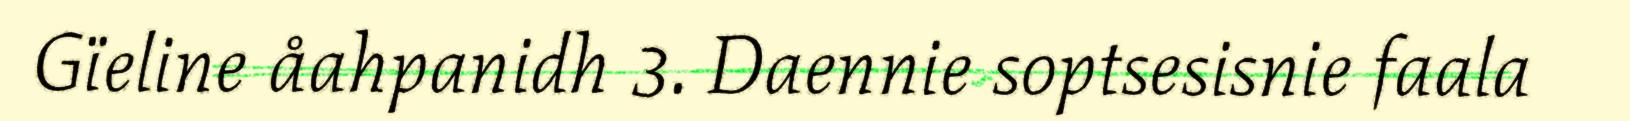
Gïeline åahpanidh 3. Daennie soptsesisnie faala